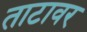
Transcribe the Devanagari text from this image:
ताटावर